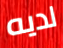
لديه